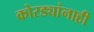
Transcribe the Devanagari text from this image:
कोरड्यांनाही